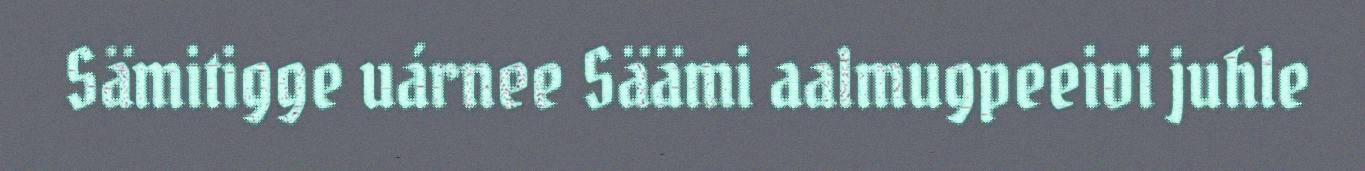
Sämitigge uárnee Säämi aalmugpeeivi juhle